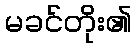
မခင်တိုး၏